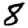
Digit: 8